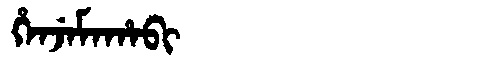
Manchu: ᡥᡝᠨᠵᡝᠮᠠᡥᠠᠪᡳ
Romanization: HENJEMAHABI